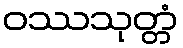
ဝဿသုတ္တံ